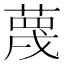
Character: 蔑